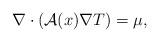
LaTeX: \begin{align*}\nabla \cdot ( \mathcal{A}(x) \nabla T ) = \mu, \end{align*}